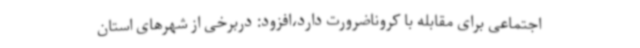
اجتماعی برای مقابله با کروناضرورت دارد،افزود: دربرخی از شهرهای استان